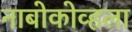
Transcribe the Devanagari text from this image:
नाबोकोव्हला